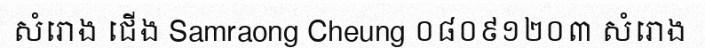
សំរោង ជើង Samraong Cheung ០៨០៩១២០៣ សំរោង